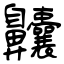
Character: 齉